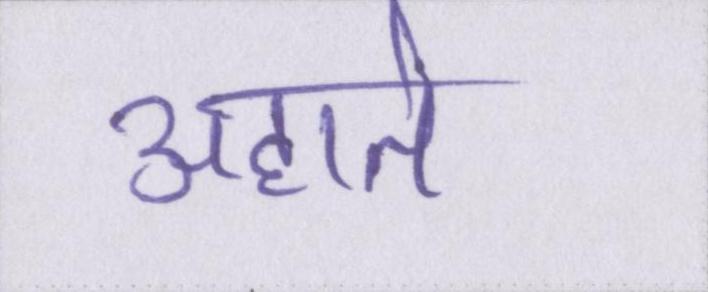
अहाते